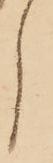
し